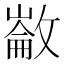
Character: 𢿗